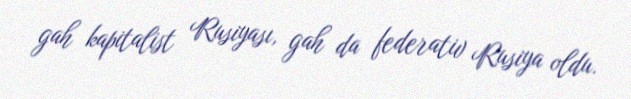
gah kapitalist Rusiyası, gah da federativ Rusiya oldu.